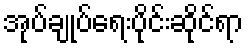
အုပ်ချုပ်ရေးပိုင်းဆိုင်ရာ